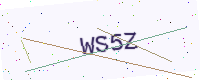
Text: WS5Z